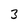
Character: 3